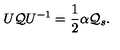
U { \cal Q } U ^ { - 1 } = { \frac { 1 } { 2 } } \alpha { \cal Q } _ { s } .